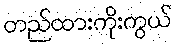
တည်ထားကိုးကွယ်